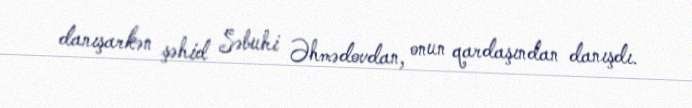
danışarkən şəhid Səbuhi Əhmədovdan, onun qardaşından danışdı.